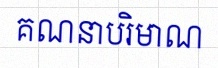
គណនាបរិមាណ